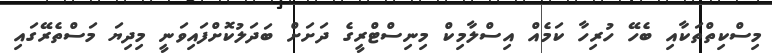
މިސްކިތްތަކާއި ބެހޭ ހުރިހާ ކަމެއް އިސްލާމިކް މިނިސްޓްރީގެ ދަށަށް ބަދަލުކޮށްފައިވަނީ މިދިޔަ މަސްތެރޭގައި